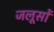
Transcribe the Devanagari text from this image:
जलूसों